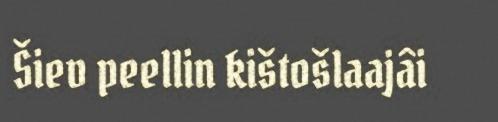
Šiev peellin kištošlaajâi